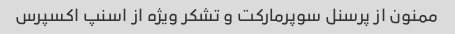
ممنون از پرسنل سوپرمارکت و تشکر ویژه از اسنپ اکسپرس